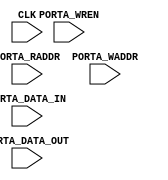
`timescale 1 ps  /  1 ps
module MEMORY
    #(
        parameter data_width    = 32,
        parameter address_width = 32,
        parameter depth         = 512

        )
    (
        input                      CLK              ,
        input                      PORTA_WREN       ,
        input [address_width-1: 0] PORTA_RADDR      ,
        input [address_width-1: 0] PORTA_WADDR      ,
        input [data_width-1   : 0] PORTA_DATA_IN    ,
        input [data_width-1   : 0] PORTA_DATA_OUT   


        );
    reg [data_width-1:0] memory [0:depth-1];
    always@(posedge CLK)
    begin
        if (PORTA_WREN)
        begin
            memory [PORTA_WADDR]    <=  PORTA_DATA_IN       ;
        end
    end
    assign PORTA_DATA_OUT           =   memory[PORTA_RADDR] ;
endmodule